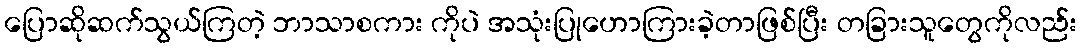
ပြောဆိုဆက်သွယ်ကြတဲ့ ဘာသာစကား ကိုပဲ အသုံးပြုဟောကြားခဲ့တာဖြစ်ပြီး တခြားသူတွေကိုလည်း